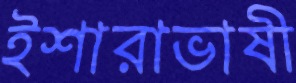
ইশারাভাষী